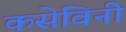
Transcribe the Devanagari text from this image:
कसेविनी